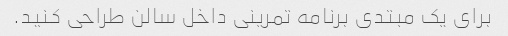
برای یک مبتدی برنامه تمرینی داخل سالن طراحی کنید.